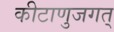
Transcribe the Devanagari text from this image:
कीटाणुजगत्